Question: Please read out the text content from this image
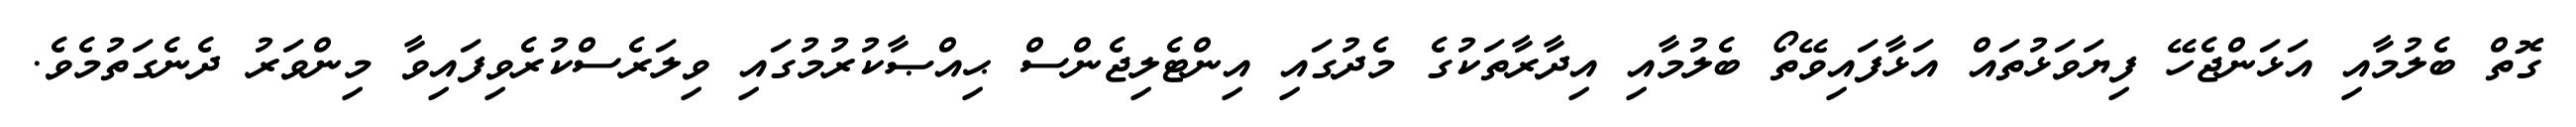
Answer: ގޮތް ބެލުމާއި އަޅަންޖެހޭ ފިޔަވަޅުތައް އަޅާފައިވޭތޯ ބެލުމާއި އިދާރާތަކުގެ މެދުގައި އިންޓެލިޖެންސް ޙިއްޞާކުރުމުގައި ވިލަރެސްކުރެވިފައިވާ މިންވަރު ދެނެގަތުމެވެ.